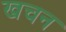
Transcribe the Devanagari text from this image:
खचन